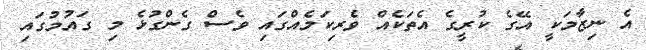
އެ ނިޒާމަކީ އޭގެ ކުރީގެ އެތަކެއް ވެރިކަމެއްގައި ވެސް ގެންގުޅެ މި ގައުމުގައި